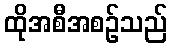
ထိုအစီအစဉ်သည်